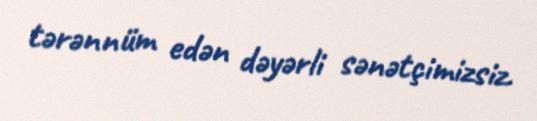
tərənnüm edən dəyərli sənətçimizsiz.